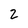
Character: 2